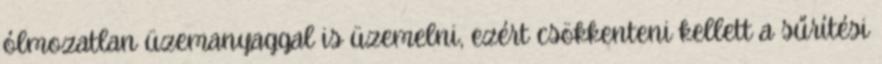
ólmozatlan üzemanyaggal is üzemelni, ezért csökkenteni kellett a sűrítési